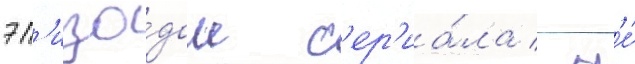
эп'изо́дом с'ер'иа́ла / н'е́